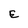
Character: E